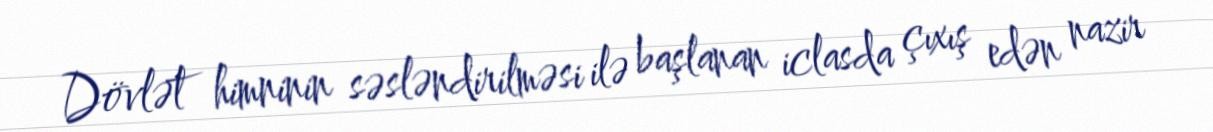
Dövlət himninin səsləndirilməsi ilə başlanan iclasda çıxış edən nazir